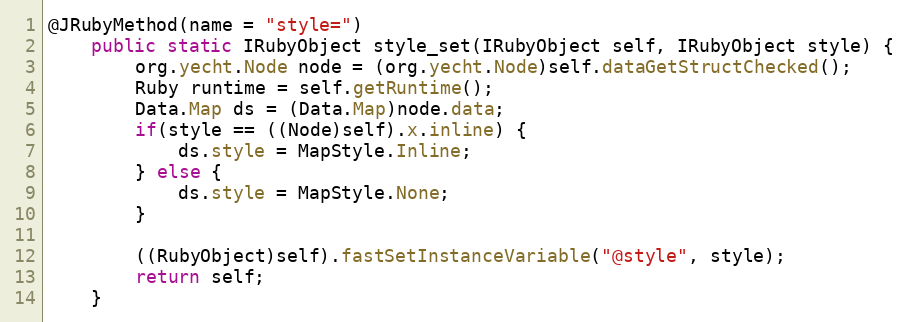
Language: Java
@JRubyMethod(name = "style=")
    public static IRubyObject style_set(IRubyObject self, IRubyObject style) {
        org.yecht.Node node = (org.yecht.Node)self.dataGetStructChecked();
        Ruby runtime = self.getRuntime();
        Data.Map ds = (Data.Map)node.data;
        if(style == ((Node)self).x.inline) {
            ds.style = MapStyle.Inline;
        } else {
            ds.style = MapStyle.None;
        }

        ((RubyObject)self).fastSetInstanceVariable("@style", style);
        return self;
    }